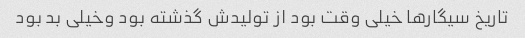
تاریخ سیگار‌ها خیلی وقت بود از تولیدش گذشته بود وخیلی بد بود